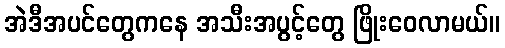
အဲဒီအပင်တွေကနေ အသီးအပွင့်တွေ ဖြိုးဝေလာမယ်။